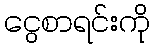
ငွေစာရင်းကို